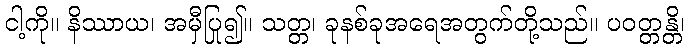
ငါ့ကို။ နိဿာယ၊ အမှီပြု၍။ သတ္တ၊ ခုနစ်ခုအရေအတွက်တို့သည်။ ပဝတ္တန္တိ၊